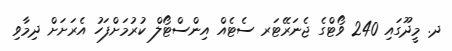
ދ. މީދޫގައި 240 ވޯޓްގެ ޖެނަރޭޓަރ ސެޓެއް އިންސްޓޯލް ކުރުމަށްފަހު އެރަށަށް ދިމާވި